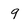
Character: 9